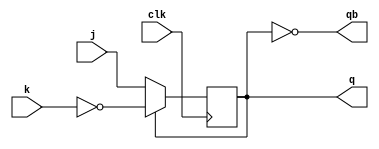
`timescale 1ns / 1ps
//////////////////////////////////////////////////////////////////////////////////
// Company: 
// Engineer: 
// 
// Design Name: 
// Module Name:    JK_FF 
// Project Name: 
// Target Devices: 
// Tool versions: 
// Description: 
//
// Dependencies: 
//
// Revision: 
// Revision 0.01 - File Created
// Additional Comments: 
//
//////////////////////////////////////////////////////////////////////////////////
module JK_FF(
    input j,k,clk,
    output q,qb
    );
reg x;
assign q=x;
assign qb=~q;
always @(negedge clk)
begin
 if (~x)
 x=j;
 else
 x=~k;
end

endmodule